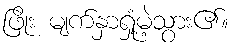
ဖြိုး မျက်နှာရှုံ့မဲ့သွား၏။